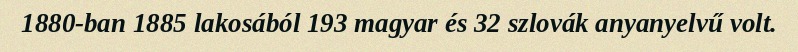
1880-ban 1885 lakosából 193 magyar és 32 szlovák anyanyelvű volt.